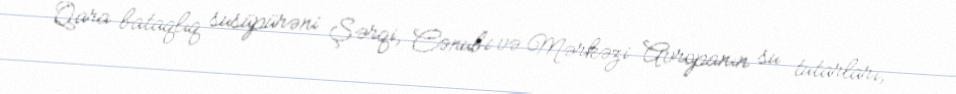
Qara bataqlıq susüpürəni Şərqi, Cənubi və Mərkəzi Avropanın su tutarları,